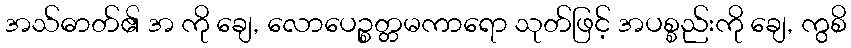
အသ်ဓာတ်၏ အ ကို ချေ, လောပေဉ္စတ္တမကာရော သုတ်ဖြင့် အပစ္စည်းကို ချေ, ကွစိ